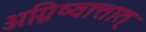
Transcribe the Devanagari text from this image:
अग्निष्वात्तात्